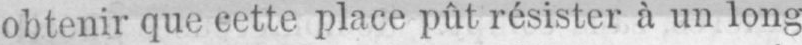
obtenir que cette place pût résister à un long